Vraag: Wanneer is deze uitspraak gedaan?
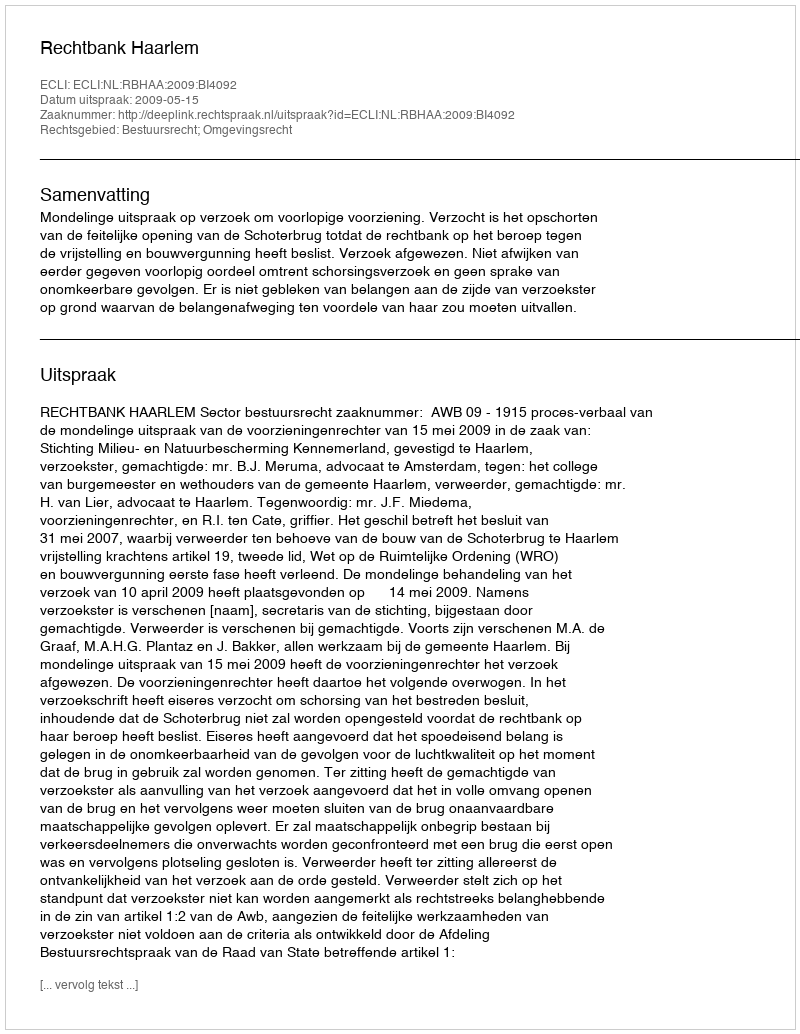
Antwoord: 2009-05-15